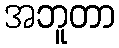
အဘူတာ